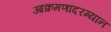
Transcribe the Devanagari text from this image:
आक्रमणांदरम्यान